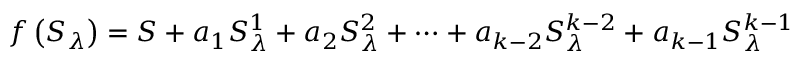
f \left( { { S } _ { { \lambda } } } \right) = S + { { a } _ { 1 } } S _ { { \lambda } } ^ { 1 } + { { a } _ { 2 } } S _ { { \lambda } } ^ { 2 } + \cdots + { { a } _ { k - 2 } } S _ { { \lambda } } ^ { k - 2 } + { { a } _ { k - 1 } } S _ { { \lambda } } ^ { k - 1 }